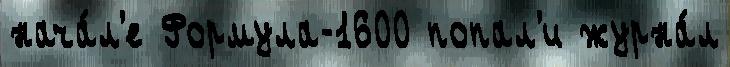
нача́л'е Формула-1600 попал'и журна́л